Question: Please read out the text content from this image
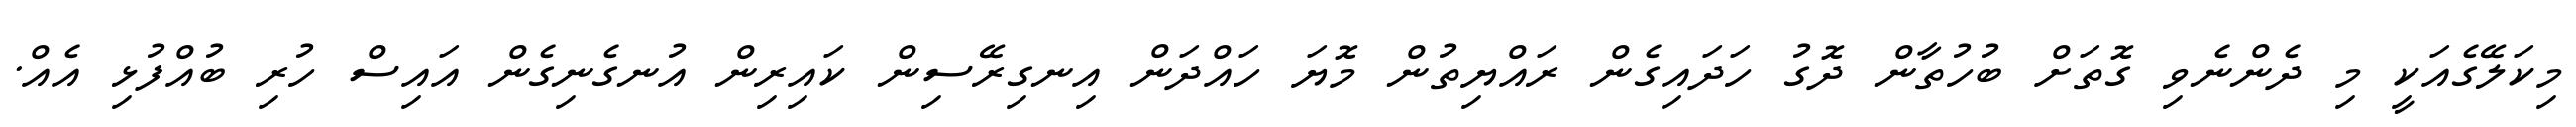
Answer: މިކަލޭގެއަކީ މި ދެންނެވި ގޮތަށް ބުހުތާން ދޮގު ހަދައިގެން ރައްޔިތުން މޮޔަ ހައްދަން އިނގިރޭސިން ކައިރިން އުނގެނިގެން އައިސް ހުރި ބުއްފުޅި އެއް.